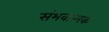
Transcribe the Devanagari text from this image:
संभवात्मक